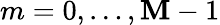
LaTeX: m=0,\ldots,\mathbf{M}-1